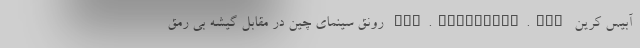
آبیس کرین www.abiscrane.com رونق سینمای چین در مقابل گیشه بی رمق